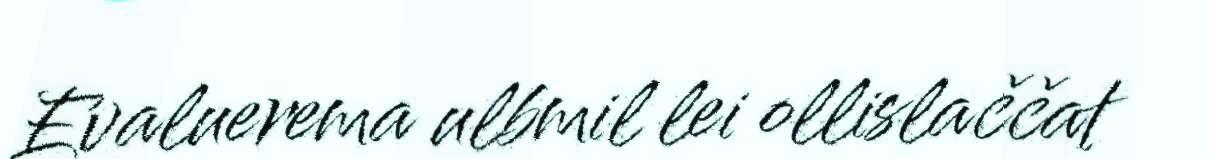
Evaluerema ulbmil lei ollislaččat